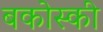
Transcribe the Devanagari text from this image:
बकोस्की